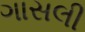
ગાસલી